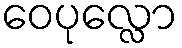
ဝေပုလ္လော